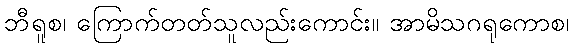
ဘီရူစ၊ ကြောက်တတ်သူလည်းကောင်း။ အာမိသဂရုကောစ၊